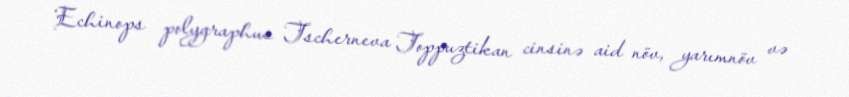
Echinops polygraphus Tscherneva Toppuztikan cinsinə aid növ, yarımnöv və